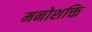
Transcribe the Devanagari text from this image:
मनोशक्ति